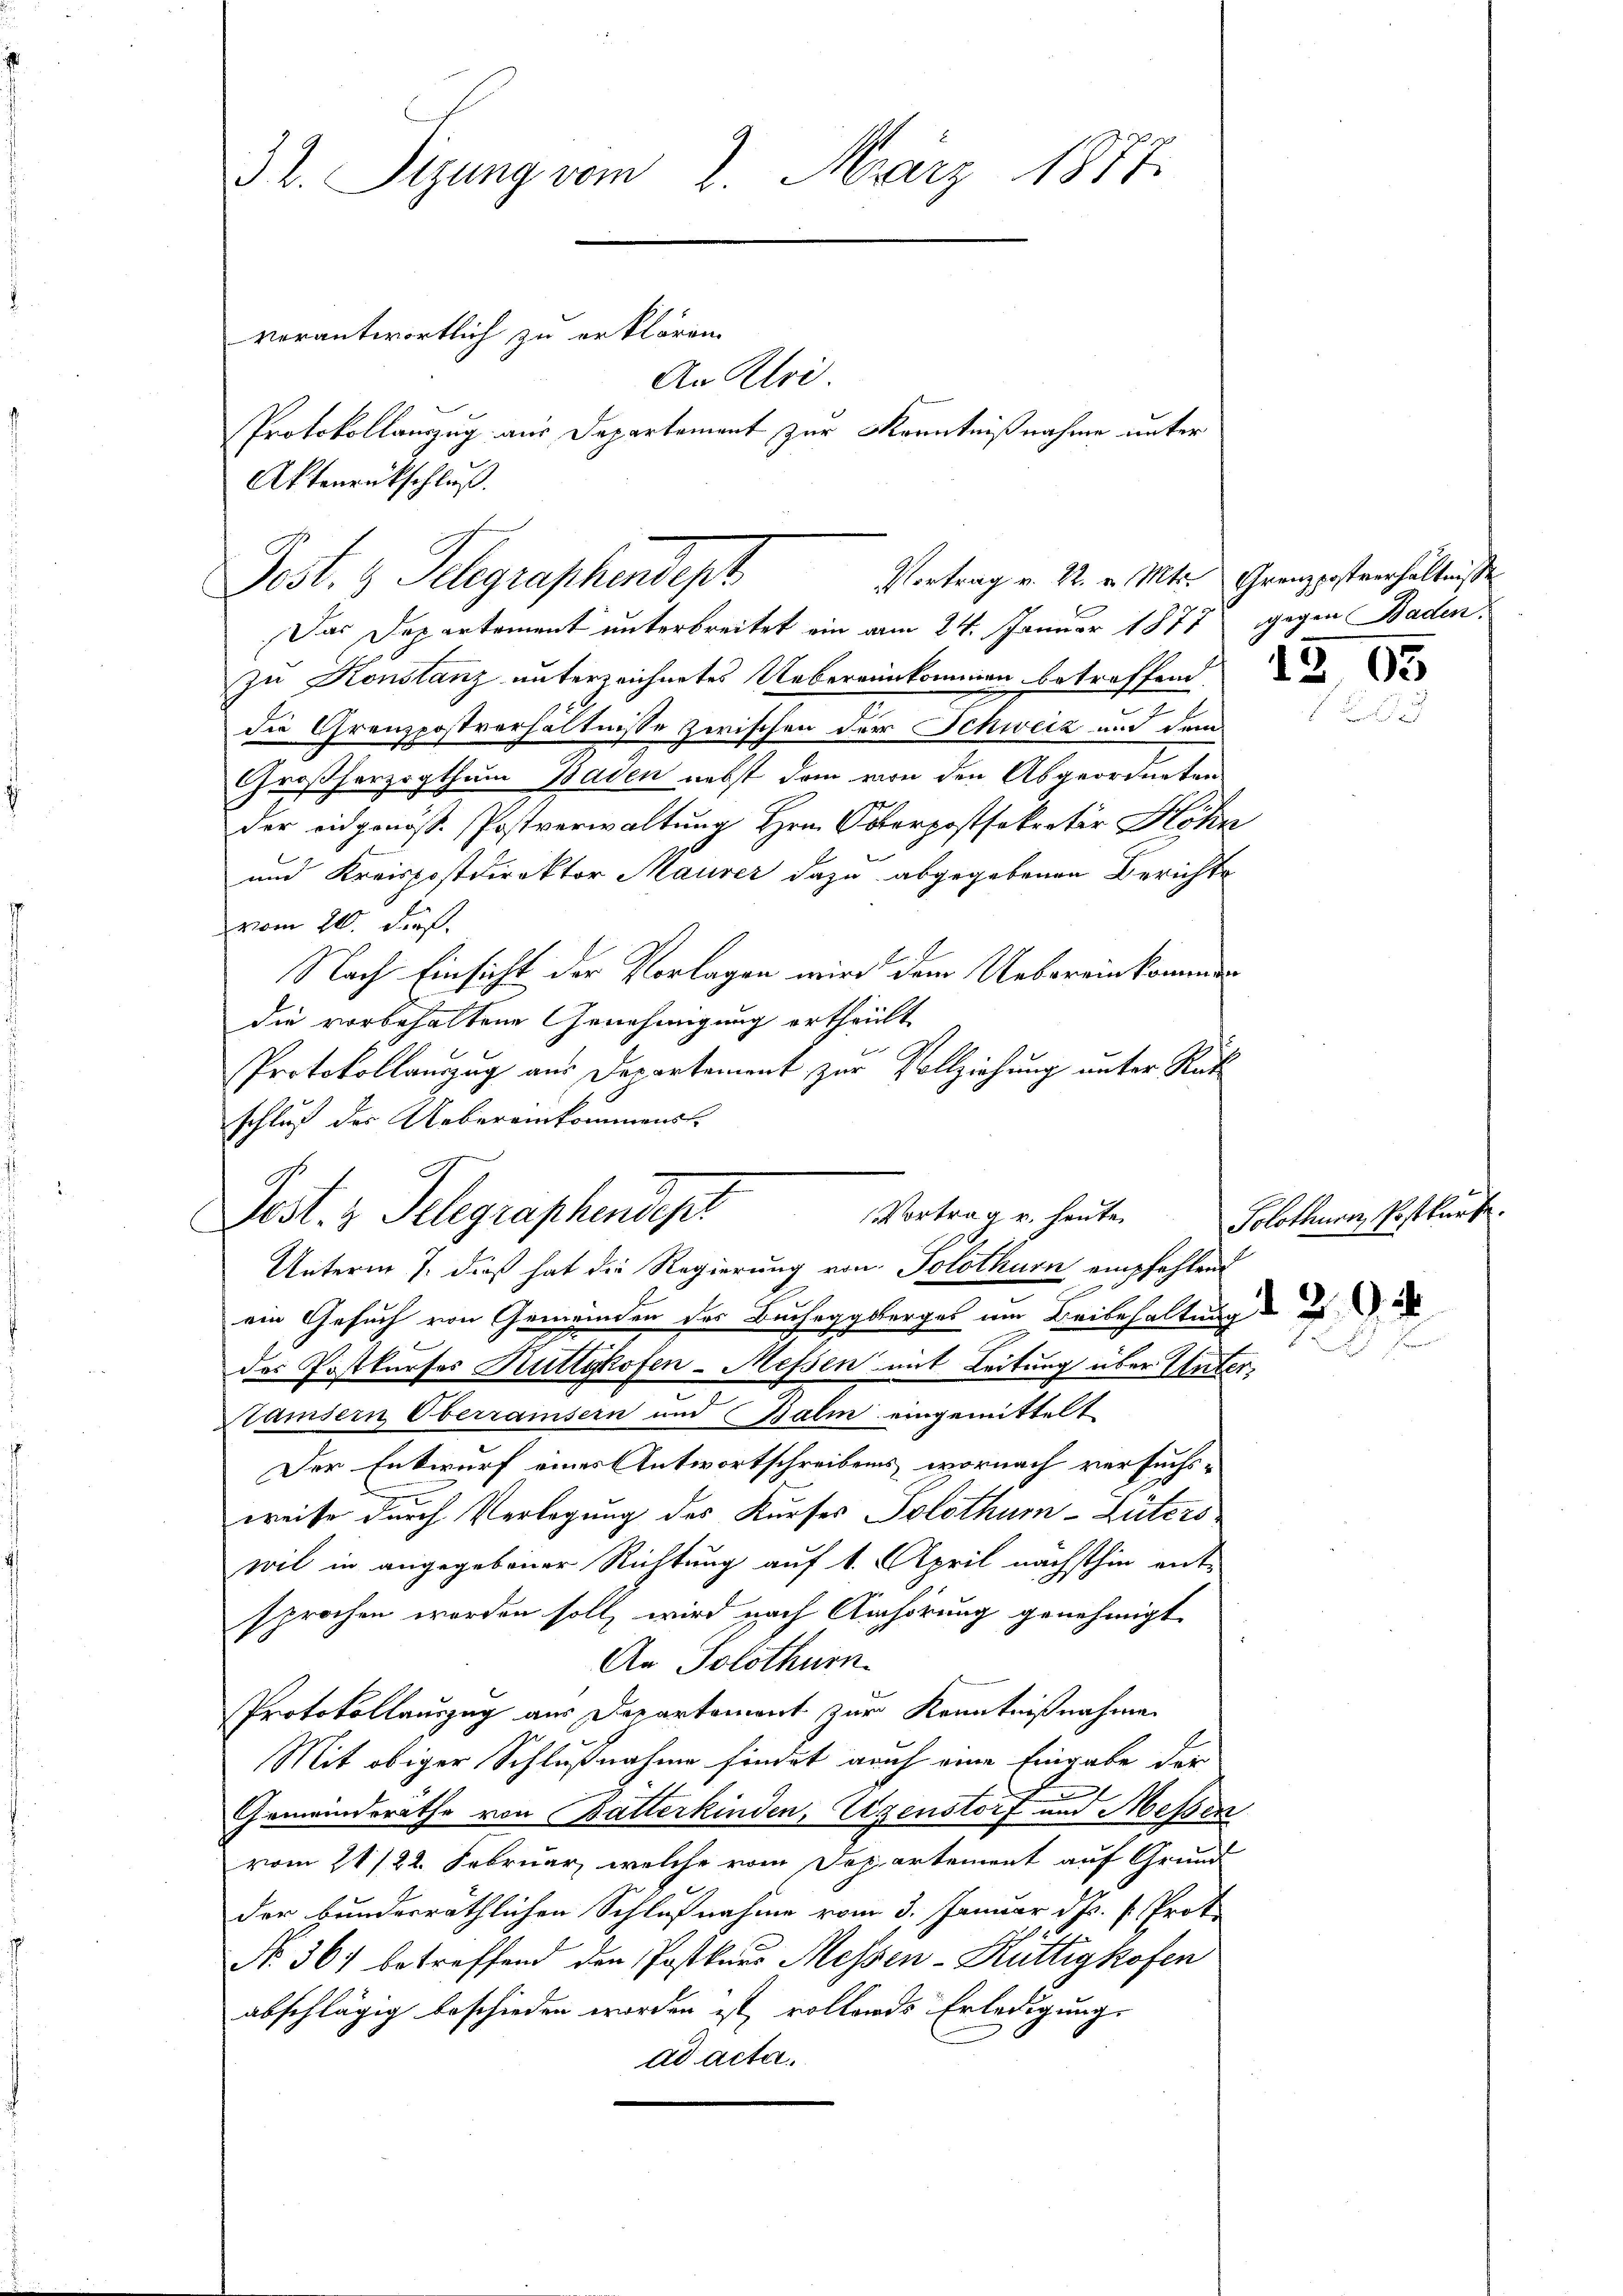
32. Sizung vom 2. März 1877.
verantwortlich zu erklären.
An Klei
Protokollauszug aus Departement zur Kenntnißnahme unter

Das Departement unterbreitet ein am 24. Januar 1877 gegen Baden.
zu Konstanz unterzeichnetes Uebereinkommen betreffend
die Grenzpostverhältnisse zwischen der Schweiz und dem
Großherzogthum Baden nebst dem von den Abgeordneten
der eidgenöss. Postverwaltung Hrn. Osterpostsekretär Höhn
und Kreispostdirektor Maurer dazu abgegebenen Berichte
vom 21. ds.
Nach Einsicht der Vorlagen wird dem Uebereinkommen
die vorbehaltene Genehmigung ertheilt
Protokollauszug aus Departement zur Vollziehung unter Rat
schluß der Uebereinkommens-
Unterm 7. dieß hat die Regierung von Solothurn empfehlen
ein Gesuch von Gemeinden der Bucheggsberges um Beibehaltung d
der Postkurses Rüttikofen-Messen mit Leitung über Unter¬
Stamsern Oberraisern und Balm eingemittelt
Der Entwurf eines Antwortschreibens, wornach versuchs-
weise durch Verlegung des Kurses Solothum-Züters
wil in angegebener Richtung auf 1. April nächsthin ent-
sprochen worden soll, wird nach Anhörung genehmigt
An Solothurn.
Protokollauszug aus Departement zur Kenntnißnahme
Mit obiger Schlußnahme findet auch eine Eingabe der
Gemeindsräthe von Batterkinden, Ugenstorf und Messen
vom 21/22. Februar, welche vom Departement auf Grund
der bundesräthlichen Schlußnahme vom 3. Januar d. Js. v. Prof.
No. 361 betreffend den Postkurs Messen-Küttigkofen
abschlägig beschieden worden ist, vollends Erledigung
ad acta.

Aktenrückschluß.
Vortrag v. 22. v. Mts. Grenzpostverhältnisse
Post. z. Telegraphendept

9
Pest. 3. Telegraphendest

Vortrag v. heute.

Solothurn, Postkurs